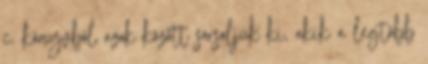
c. könyvből azok között sorsoljuk ki, akik a legtöbb